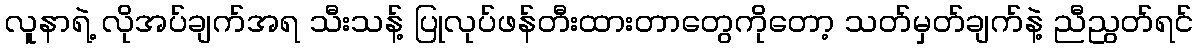
လူနာရဲ့ လိုအပ်ချက်အရ သီးသန့် ပြုလုပ်ဖန်တီးထားတာတွေကိုတော့ သတ်မှတ်ချက်နဲ့ ညီညွတ်ရင်